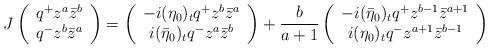
LaTeX: \begin{align*}J\left(\begin{array}{c}q^+z^a\bar{z}^b\\q^-z^b\bar{z}^a\end{array}\right)=\left(\begin{array}{c}-i(\eta_0)_tq^+z^b\bar{z}^a\\i (\bar{\eta}_0)_tq^-z^a\bar{z}^b\end{array}\right)+\frac{b}{a+1}\left(\begin{array}{c}-i(\bar{\eta}_0)_tq^+z^{b-1}\bar{z}^{a+1}\\i (\eta_0)_tq^-z^{a+1}\bar{z}^{b-1}\end{array}\right)\end{align*}